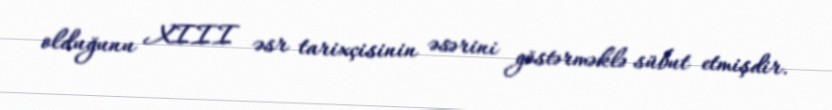
olduğunu XIII əsr tarixçisinin əsərini göstərməklə sübut etmişdir.